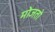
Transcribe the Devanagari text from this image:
मोजतो